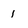
Character: 1